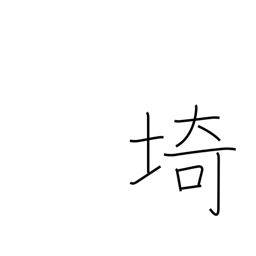
Meaning: cape